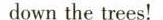
down the trees！